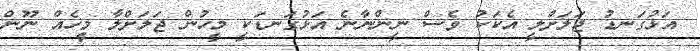
އަޅުގަނޑު ޖަލަށްލީ އެކަކު ވެސް ނީންނާނެ އަޅުގަނޑަކީ މީހުން ޖަލަށްލާ މީހެއް ނޫން